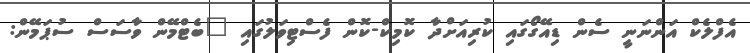
އެފްލެކް އަންނަނީ ސެން ޑިއޭގޯގައި ކުރިއަށްދާ ކޮމިކް-ކޮން ފެސްޓިވަލުގައި "ބެޓްމޭން ވާސަސް ސުޕަމޭން: